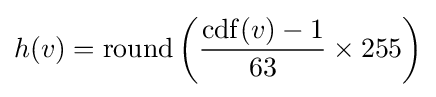
h(v)=\mathrm {round} \left({\frac {\operatorname {cdf} (v)-1}{63}}\times 255\right)